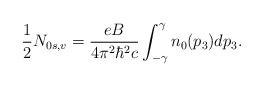
LaTeX: \begin{align*}\frac{1}{2} N_{0 s,v} = \frac{ e B}{4 \pi^2 \hbar^2 c}\int_{-\gamma}^{\gamma} n_0 (p_3) d p_3. \end{align*}